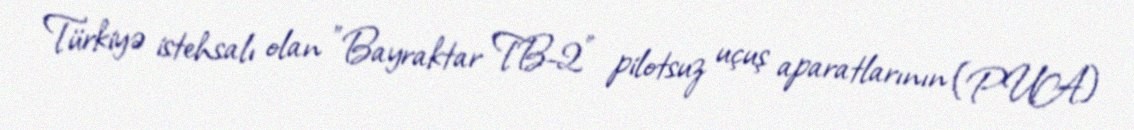
Türkiyə istehsalı olan "Bayraktar TB-2" pilotsuz uçuş aparatlarının (PUA)